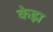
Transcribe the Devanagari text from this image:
केझ